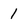
Character: l